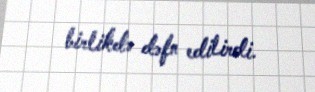
birlikdə dəfn edilirdi.